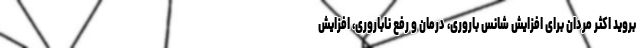
بروید اکثر مردان برای افزایش شانس باروری، درمان و رفع ناباروری، افزایش